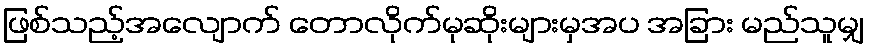
ဖြစ်သည့်အလျောက် တောလိုက်မုဆိုးများမှအပ အခြား မည်သူမျှ